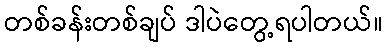
တစ်ခန်းတစ်ချပ် ဒါပဲတွေ့ရပါတယ်။